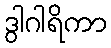
ဒွါဂါရိကာ